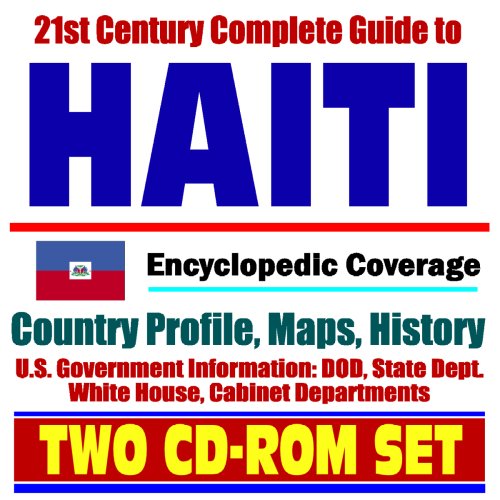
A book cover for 21st Century Complete Guide to Haiti - Encyclopedic Coverage, Country Profile, History, DOD, State Dept., White House, CIA Factbook (Two CD-ROM Set); U.S. Government; Travel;